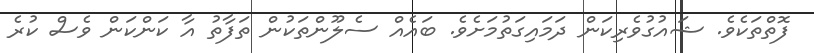
ފޮތްތަކެވެ. ޝައުގުވެރިކަން ދަމައިގަތުމަށެވެ. ބައެއް ސެލޫންތަކުން ތަފާތު އާ ކަންކަން ވެސް ކުރެ